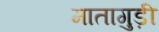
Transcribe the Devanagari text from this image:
मातागुड़ी